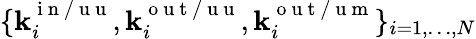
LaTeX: \lbrace\mathbf{k}_{i}^{\mathrm{{~i~n~/~u~u~}}},\mathbf{k}_{i}^{\mathrm{{~o~u~t~/~u~u~}}},\mathbf{k}_{i}^{\mathrm{{~o~u~t~/~u~m~}}}\rbrace_{i=1,\dots,N}